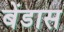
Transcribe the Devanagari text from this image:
बेंडास